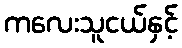
ကလေးသူငယ်နှင့်